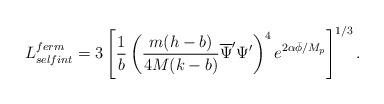
LaTeX: \begin{align*}L^{ferm}_{selfint}=3\left[\frac{1}{b}\left(\frac{m(h-b)}{4M(k-b)}\overline{\Psi}^{\prime}\Psi^{\prime}\right)^{4}e^{2\alpha\bar{\phi} /M_{p}}\right]^{1/3}.\end{align*}